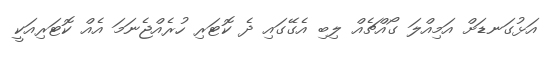
އަޅުގަނޑަށް އަމިއްލަ ގޯއްޗެއް ލިބި އެގޭގައި ދެ ކޮޓަރި ހުރެއްޖެނަމަ އެއް ކޮޓަރިއަކީ